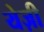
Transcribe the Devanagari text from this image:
येज़ी